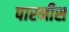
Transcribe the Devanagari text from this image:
पारनीस